Lunatic asylums Bombay report 1878-1890 - 1878-1890
Year: 1878
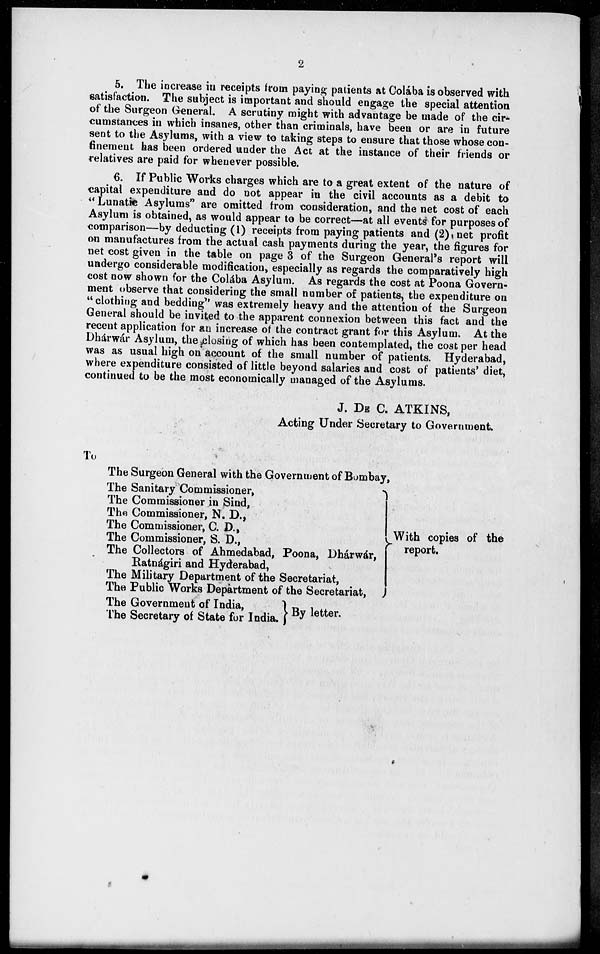
2
5. The increase in receipts from paying patients at Colába is observed with
satisfaction. The subject is important and should engage the special attention
of the Surgeon General. A scrutiny might with advantage be made of the cir-
cumstances in which insanes, other than criminals, have been or are in future
sent to the Asylums, with a view to taking steps to ensure that those whose con-
finement has been ordered under the Act at the instance of their friends or
relatives are paid for whenever possible.
6. If Public Works charges which are to a great extent of the nature of
capital expenditure and do not appear in the civil accounts as a debit to
" Lunatic Asylums" are omitted from consideration, and the net cost of each
Asylum is obtained, as would appear to be correct—at all events for purposes of
comparison—by deducting (1) receipts from paying patients and (2)net profit
on manufactures from the actual cash payments during the year, the figures for
net cost given in the table on page 3 of the Surgeon General's report will
undergo considerable modification, especially as regards the comparatively high
cost now shown for the Colába Asylum. As regards the cost at Poona Govern-
ment observe that considering the small number of patients, the expenditure on
"clothing and bedding" was extremely heavy and the attention of the Surgeon
General should be invited to the apparent connexion between this fact and the
recent application for an increase of the contract grant for this Asylum. At the
Dhárwár Asylum, the closing of which has been contemplated, the cost per head
was as usual high on account of the small number of patients. Hyderabad,
where expenditure consisted of little beyond salaries and cost of patients' diet,
continued to be the most economically managed of the Asylums.
J. DE C. ATKINS,
Acting Under Secretary to Government.
To
The Surgeon General with the Government of Bombay,
The Sanitary Commissioner,
The Commissioner in Sind,
The Commissioner, N. D.,
The Commissioner, C.D.,
The Commissioner, S. D.,
The Collectors of Ahmedabad, Poona, Dhárwár,
Ratnágiri and Hyderabad,
The Military Department of the Secretariat,
The Public Works Department of the Secretariat,
The Government of India,
The Secretary of State for India.
With copies of the
report.
By letter.